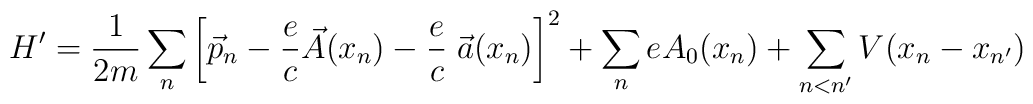
H' = \frac{1}{2m} \sum_n \left[\vec{p}_n - \frac{e}{c}  \vec{A}(x_n) - \frac{e}{c} \; \vec{a}(x_n) \right]^2  + \sum_n e A_0 (x_n) + \sum_{n < n'} V(x_n - x_{n'})